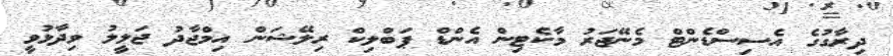
ދިރާގުގެ އެސިސްޑެންޓް މެނޭޖަރު މާކެޓިން އެންޑް ޕަބްލިކް ރިލޭޝަން އިމްޖާދު ޖަލީލު ވިދާޅުވީ